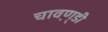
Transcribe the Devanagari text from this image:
चावण़्डी